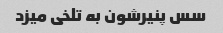
سس پنیرشون به تلخی میزد